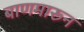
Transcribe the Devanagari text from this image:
बाणमारून